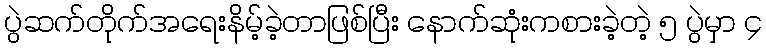
ပွဲဆက်တိုက်အရေးနိမ့်ခဲ့တာဖြစ်ပြီး နောက်ဆုံးကစားခဲ့တဲ့ ၅ ပွဲမှာ ၄